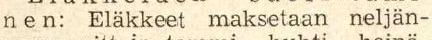
n e n: Eläkkeet maksetaan neljän-